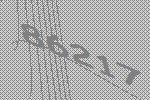
86217